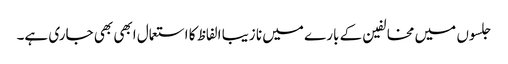
جلسوں میں مخالفین کے بارے میں نا زیبا الفاظ کا استعمال ابھی بھی جاری ہے۔